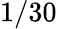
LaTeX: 1/30